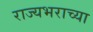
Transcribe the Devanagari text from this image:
राज्यभराच्या